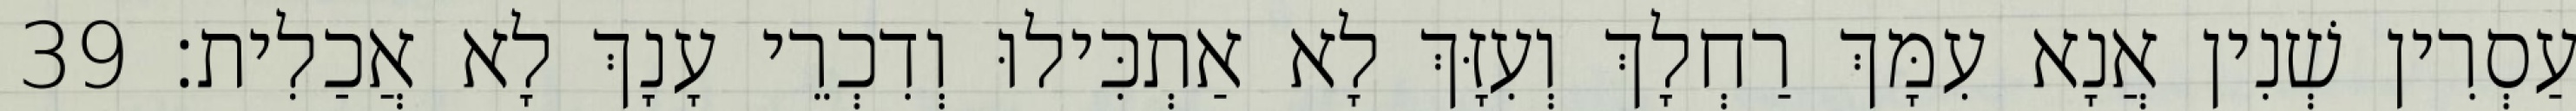
עַסְרִין שְׁנִין אֲנָא עִמָּךְ רַחְלָךְ וְעִזָּךְ לָא אַתְכִּילוּ וְדִכְרֵי עָנָךְ לָא אֲכַלִית׃ 39